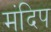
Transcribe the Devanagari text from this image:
मंदिप